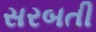
સરબતી